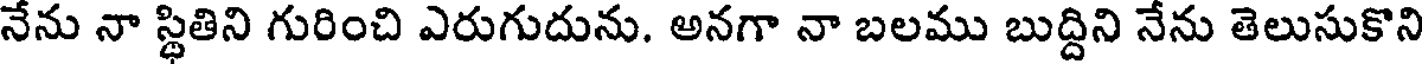
నేను నా స్థితిని గురించి ఎరుగుదును. అనగా నా బలము బుద్దిని నేను తెలుసుకొని